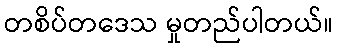
တစိပ်တဒေသ မှုတည်ပါတယ်။